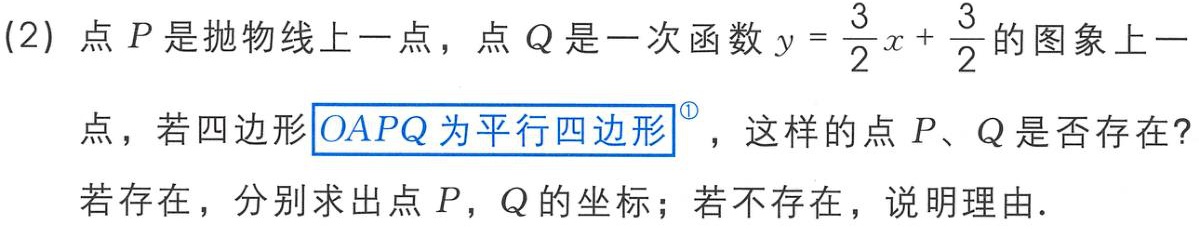
(2) 点 \(P\) 是抛物线上一点，点 \(Q\) 是一次函数 \(y = \frac{3}{2}x + \frac{3}{2}\) 的图象上一点，若四边形\(OAPQ\)为平行四边形<sup>\textcircled{1}</sup>，这样的点 \(P\)、\(Q\) 是否存在？若存在，分别求出点 \(P\)，\(Q\) 的坐标；若不存在，说明理由．